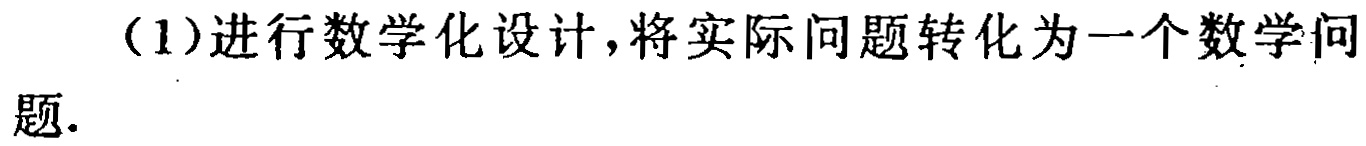
(1)进行数学化设计，将实际问题转化为一个数学问题.